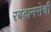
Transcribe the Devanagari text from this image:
रबदानसेची